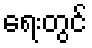
ရေးတွင်